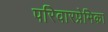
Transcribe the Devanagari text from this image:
परिवारप्रेमिका